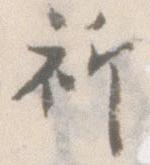
祈